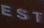
EST